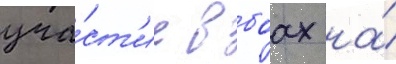
уча́ст'ие в боах на́